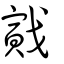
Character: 戭